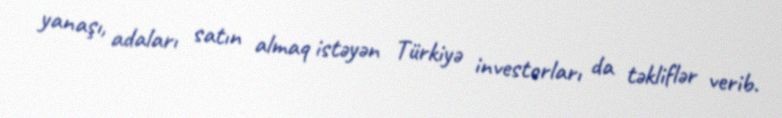
yanaşı, adaları satın almaq istəyən Türkiyə investorları da təkliflər verib.